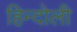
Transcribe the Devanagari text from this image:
हिन्दोली